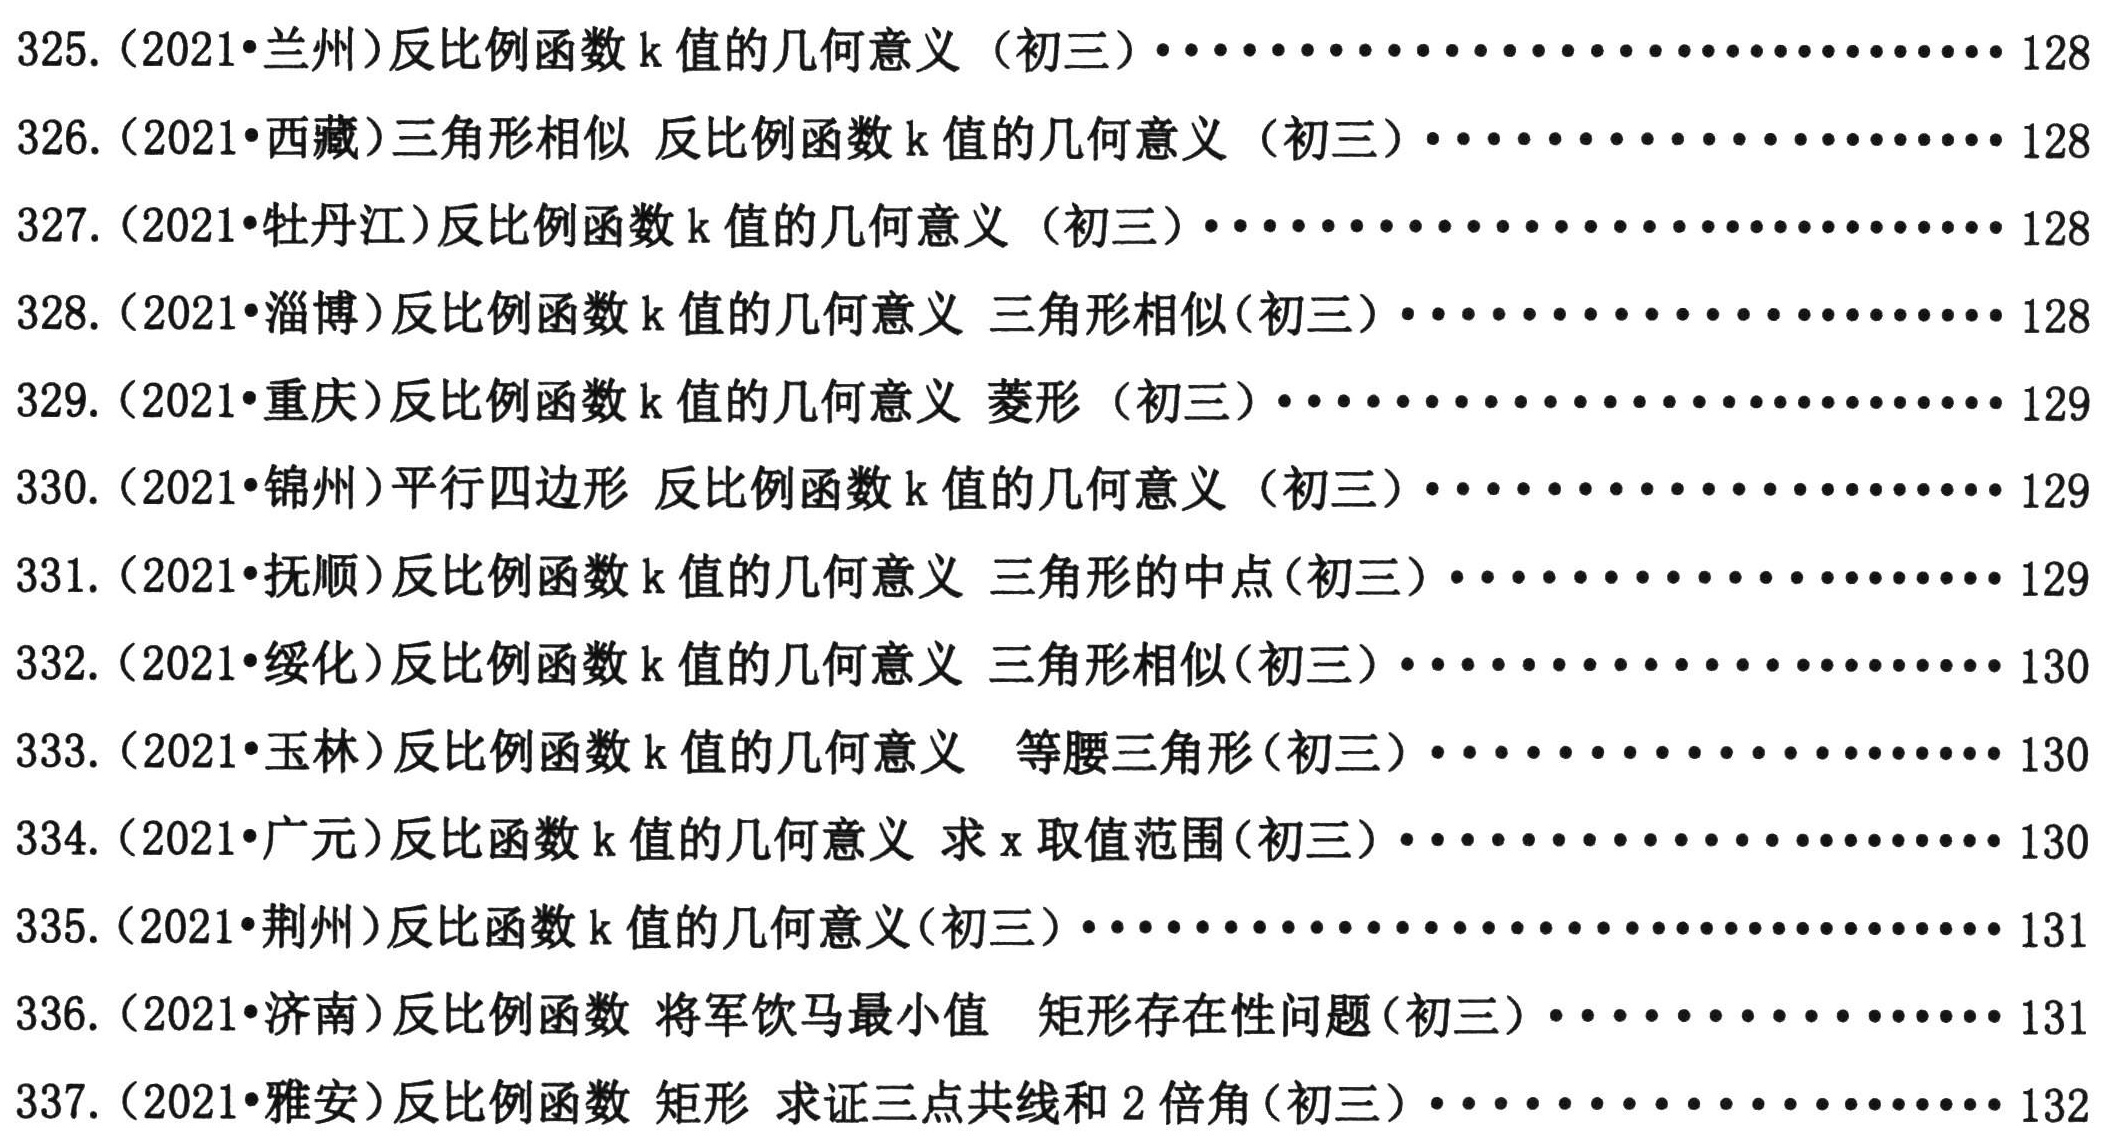
325. (2021•兰州)反比例函数\(k\)值的几何意义（初三）.......................... 128
326. (2021•西藏)三角形相似 反比例函数\(k\)值的几何意义（初三）.......................... 128
327. (2021•牡丹江)反比例函数\(k\)值的几何意义（初三）.......................... 128
328. (2021•淄博)反比例函数\(k\)值的几何意义 三角形相似(初三）.......................... 128
329. (2021•重庆)反比例函数\(k\)值的几何意义 菱形（初三）.......................... 129
330. (2021•锦州)平行四边形 反比例函数\(k\)值的几何意义（初三）.......................... 129
331. (2021•抚顺)反比例函数\(k\)值的几何意义 三角形的中点(初三）.......................... 129
332. (2021•绥化)反比例函数\(k\)值的几何意义 三角形相似(初三）.......................... 130
333. (2021•玉林)反比例函数\(k\)值的几何意义 等腰三角形(初三）.......................... 130
334. (2021•广元)反比例函数\(k\)值的几何意义 求\(x\)取值范围(初三）.......................... 130
335. (2021•荆州)反比例函数\(k\)值的几何意义(初三）.......................... 131
336. (2021•济南)反比例函数 将军饮马最小值 矩形存在性问题(初三）.......................... 131
337. (2021•雅安)反比例函数 矩形 求证三点共线和2倍角(初三）.......................... 132